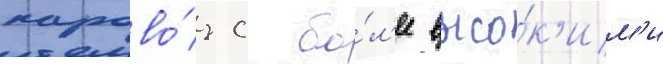
парово́з с бо́л'ее высо́к'им'и